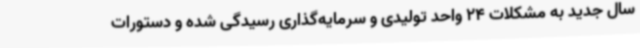
سال جدید به مشکلات 24 واحد تولیدی و سرمایه‌گذاری رسیدگی شده و دستورات